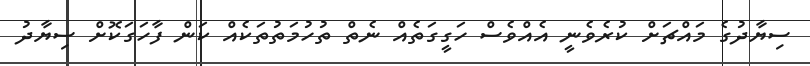
ސިޔާދުގެ މައްޗަށް ކުރެވެނީ އެއްވެސް ހަގީގަތެއް ނެތް ތުހުމަތުތަކެއް ކަން ފާހަގަކޮށް ސިޔާދު